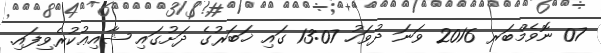
07 ނޮވެމްބަރ 2016 ވަނަ ދުވަހު 13:07 ގައި ޚަބަރުގެ ދަށުގައި ޝާއިޢުކުރެވިފައި.